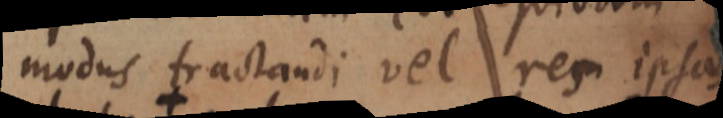
modus tractandi vel res ipsas